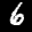
Label: 6